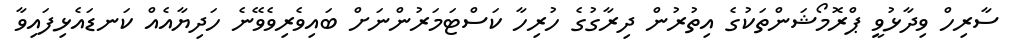
ސާރިހް ވިދާޅުވީ ޕްރޮމޯޝަންތަކުގެ އިތުރުން ދިރާގުގެ ހުރިހާ ކަސްޓަމަރުންނަށް ބައިވެރިވެވޭނެ ހަދިޔާއެއް ކަނޑައެޅިފައިވާ